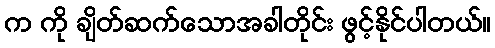
က ကို ချိတ်ဆက်သောအခါတိုင်း ဖွင့်နိုင်ပါတယ်။